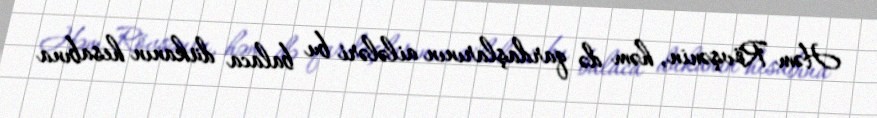
Həm Rövşənin, həm də qardaşlarının ailələri bu balaca dükanın hesabına